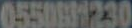
05508230